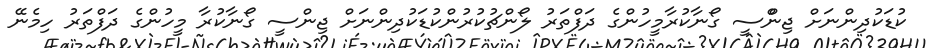
ކުޑަކުދިންނަށް ޖިންްސީ ގޯނާކުރާމީހުންގެ ދަފްތަރު ލޯންޗުކުރުންކުޑަކުދިންނަށް ޖިންސީ ގޯނާކުރާ މީހުންގެ ދަފްތަރު ހިމެނޭ